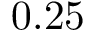
0 . 2 5